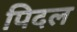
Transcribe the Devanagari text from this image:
पिदल